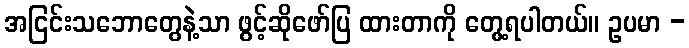
အငြင်းသဘောတွေနဲ့သာ ဖွင့်ဆိုဖော်ပြ ထားတာကို တွေ့ရပါတယ်။ ဥပမာ -